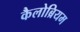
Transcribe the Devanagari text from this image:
कैलोब्रियम